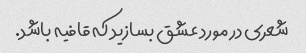
شعری در مورد عشق بسازید که قافیه باشد.